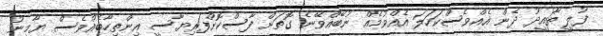
ފުލީ ތާއީދު ދެން އެއްވެސްކަހަލަ އެއްވުމެއް ނުބޭއްވޭނެ ގޮތަށް ފާސްކޮށްފަރިޔާސީ އިންތިހާބެއްވެސް ޔާމީނު